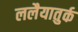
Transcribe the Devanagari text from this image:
ललैयातुर्क